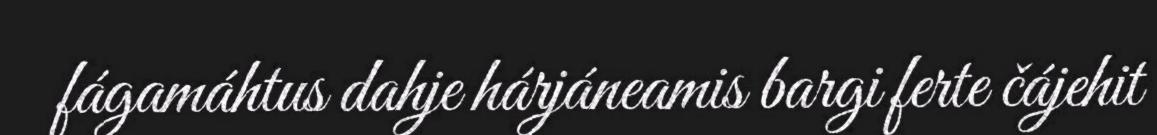
fágamáhtus dahje hárjáneamis bargi ferte čájehit